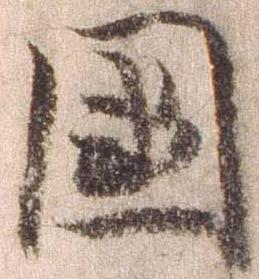
国